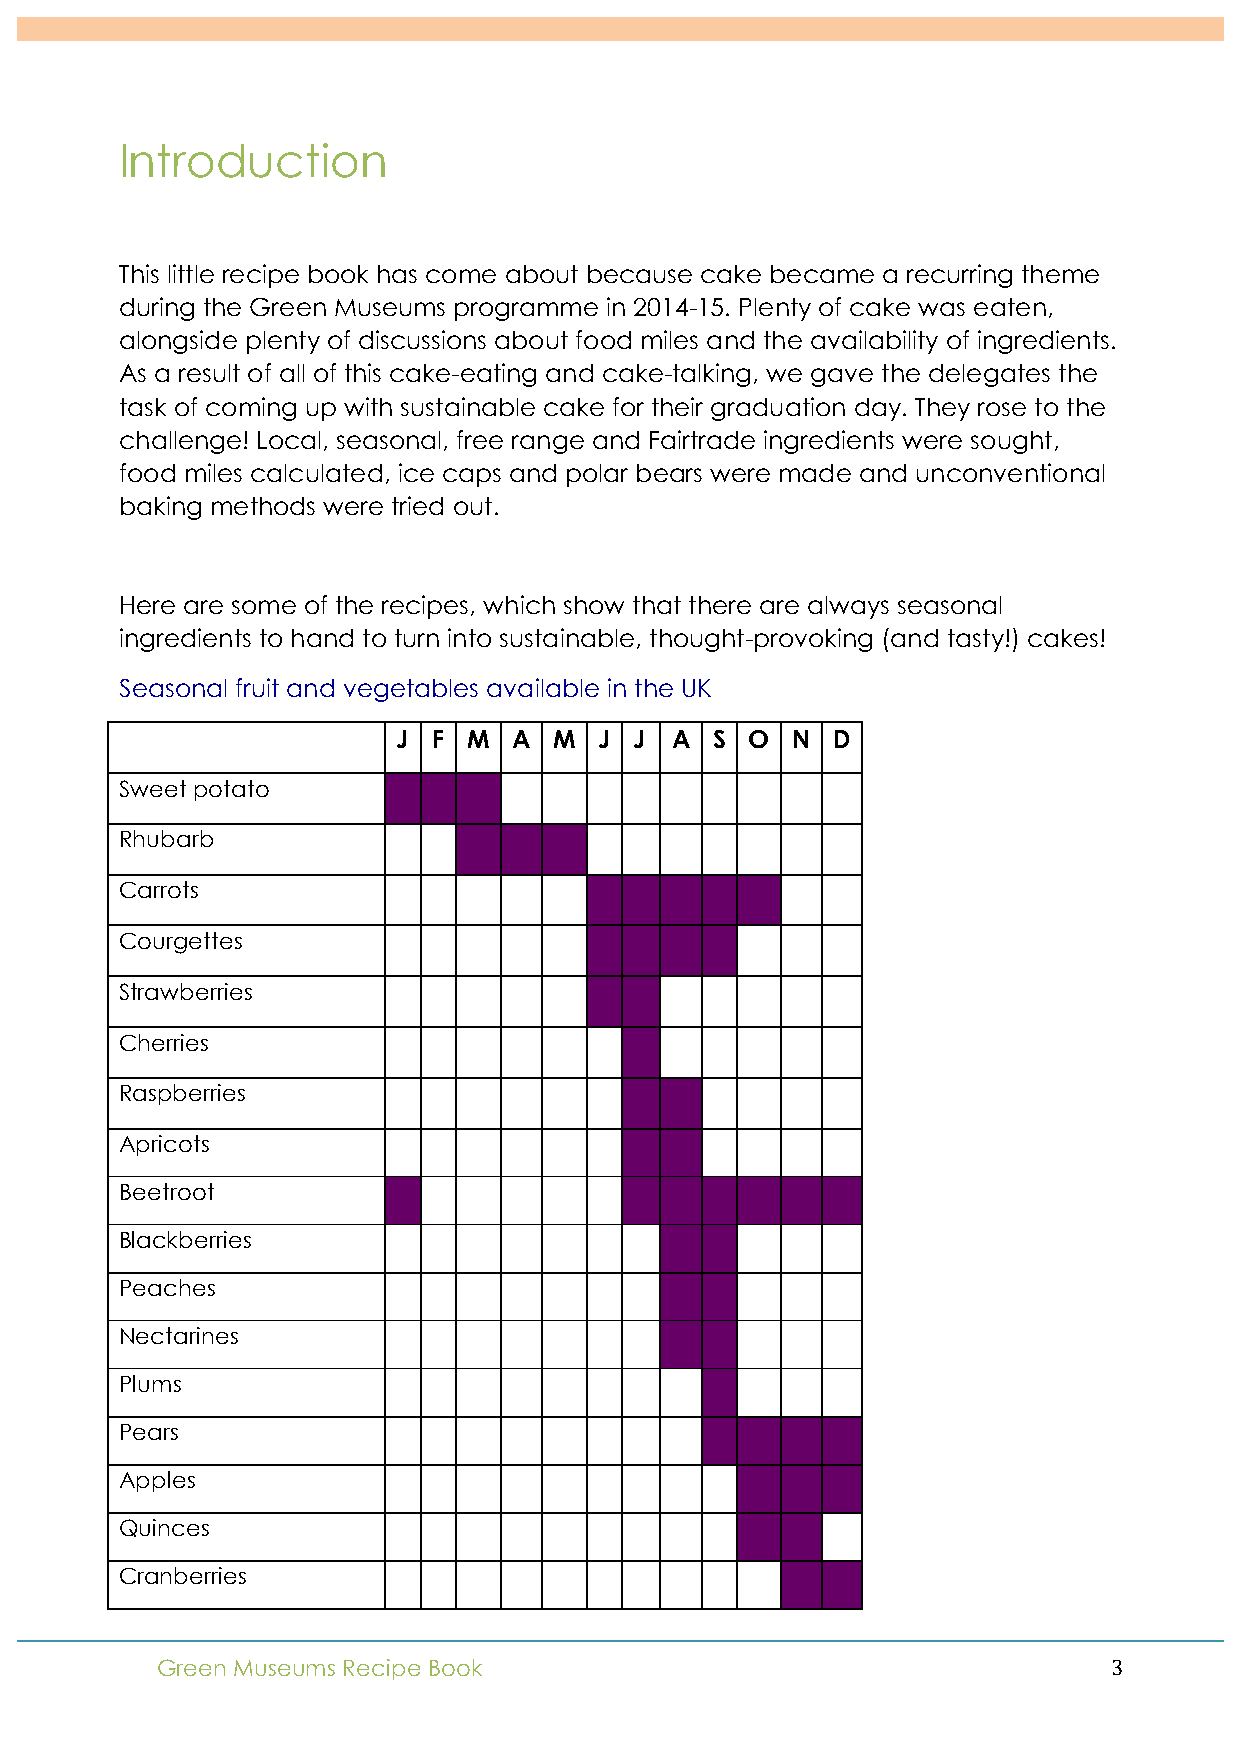
!
 Introduction
 This little recipe book has come about because cake became a recurring theme
 during the Green Museums programme in 2014-15. Plenty of cake was eaten,
 alongside plenty of discussions about food miles and the availability of ingredients.
 As a result of all of this cake-eating and cake-talking, we gave the delegates the
 task of coming up with sustainable cake for their graduation day. They rose to the
 challenge! Local, seasonal, free range and Fairtrade ingredients were sought,
 food miles calculated, ice caps and polar bears were made and unconventional
 baking methods were tried out.
 Here are some of the recipes, which show that there are always seasonal
 ingredients to hand to turn into sustainable, thought-provoking (and tasty!) cakes!
 Seasonal fruit and vegetables available in the UK
 J  F M  A  M  J J A  S O  N  D
 Sweet potato
 Rhubarb
 Carrots
 Courgettes
 Strawberries
 Cherries
 Raspberries
 Apricots
 Beetroot
 Blackberries
 Peaches
 Nectarines
 Plums
 Pears
 Apples
 Quinces
 Cranberries
 Green Museums Recipe Book                                       3!